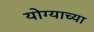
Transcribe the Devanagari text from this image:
योग्याच्या